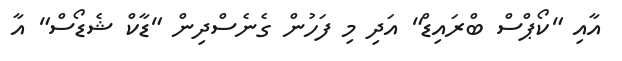
އާއި "ކޯޕްސް ބްރައިޑް" އަދި މި ފަހުން ގެނެސްދިން "ޑާކް ޝެޑޯސް" އާ